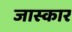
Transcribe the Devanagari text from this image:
जास्कार